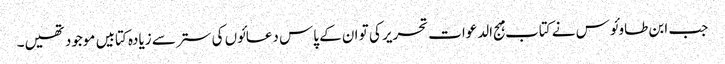
جب ابن طاوئوس نے کتاب مہج الدعوات تحریر کی تو ان کے پاس دعائوں کی ستر سے زیادہ کتابیں موجود تھیں۔